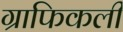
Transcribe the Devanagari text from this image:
ग्राफिकली